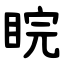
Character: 睆